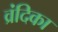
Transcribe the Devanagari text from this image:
व्रंदिका